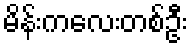
မိန်းကလေးတစ်ဦး